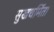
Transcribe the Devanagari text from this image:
सुखधर्मिता